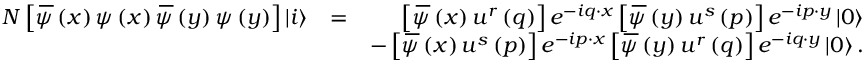
\begin{array} { r l r } { N \left[ \, \overline { { \! { \psi } } } \left( x \right) \psi \left( x \right) \, \overline { { \! { \psi } } } \left( y \right) \psi \left( y \right) \right] \left\vert i \right\rangle } & { = } & { \left[ \, \overline { { \! { \psi } } } \left( x \right) u ^ { r } \left( q \right) \right] e ^ { - i q \cdot x } \left[ \, \overline { { \! { \psi } } } \left( y \right) u ^ { s } \left( p \right) \right] e ^ { - i p \cdot y } \left\vert 0 \right\rangle } \\ & { } & { - \left[ \, \overline { { \! { \psi } } } \left( x \right) u ^ { s } \left( p \right) \right] e ^ { - i p \cdot x } \left[ \, \overline { { \! { \psi } } } \left( y \right) u ^ { r } \left( q \right) \right] e ^ { - i q \cdot y } \left\vert 0 \right\rangle . } \end{array}